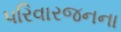
પરિવારજનના